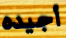
أجيده